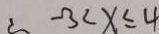
\therefore - 3 < x \leq 4